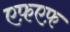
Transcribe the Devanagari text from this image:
एफ़एफ़